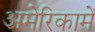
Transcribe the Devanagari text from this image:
अमेरिकामें